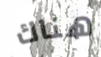
هناك